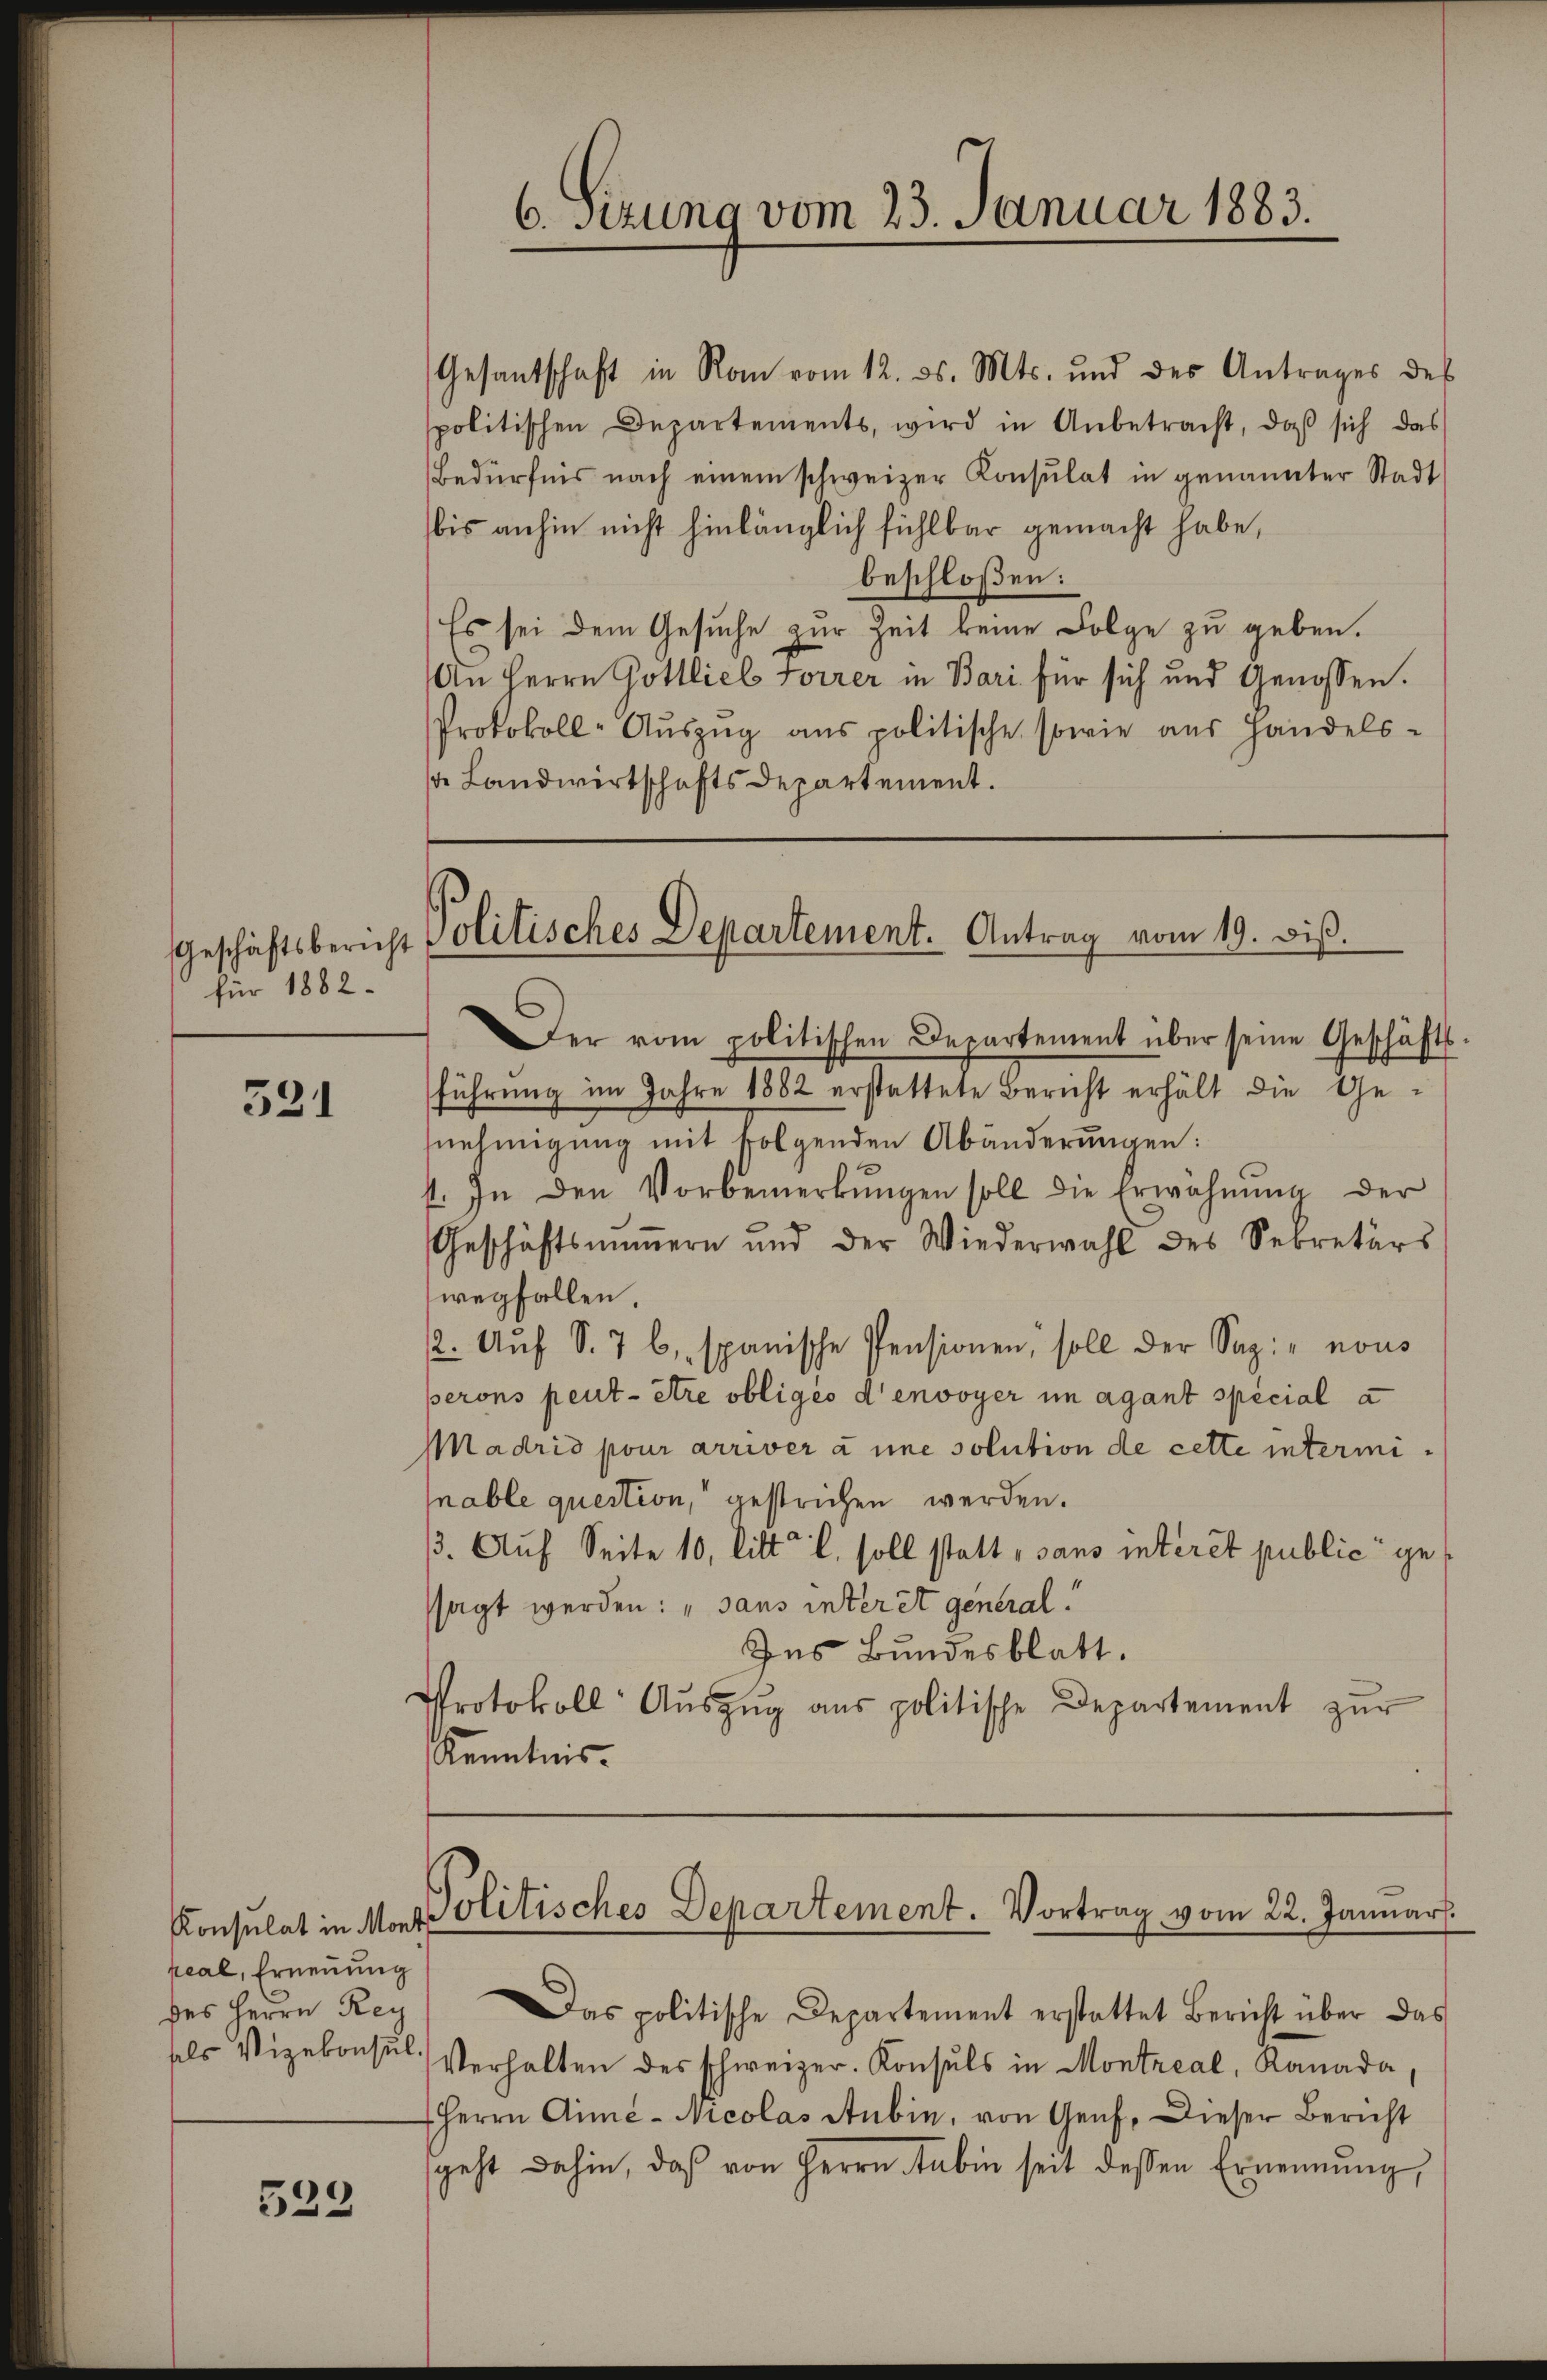
für 1882.

531

Konsulat in Monti
peal, Ernennung
des Herrn Rey

523

6. sezung vom 23. Januar 1883.

Geschäftsbericht Politisches Departement. Antrag vom 19. diß.
Der vom politischen Departement über seine Geschäfts-

Gesantschaft in Rom vom 12. ds. Mts. und des Antrages des
politischen Departements, wird in Anbetracht, daß sich das
Bedürfnis nach einem schweizer Konsulat in genannter Stadt
bis anhin nicht hinlänglich fühlbar gemacht habe,
beschloßen:
Es sei dem Gesuche zur Zeit keine Folge zu geben.
An Herrn Gottlieb Forrer in Bari für sich und Genossen.
Protokoll-Auszug aus politische sowie aus Handels-
s Landwirtschafts Departement.

führung im Jahre 1882 erstattete Bericht erhält die Genehmigung mit folgenden Abänderungen:
1. In den Vorbemerkŭngen soll die Erwähnŭng der
Geschäftsinnern und der Wiederwahl des Sekretärs
wegfallen.
(2. Aŭf S. 7 b. spanische Pensionen, soll der Sep. „nous
perons peut être obligés d’envoyer im agant spécial a
Madrid pour arriver à une solution de cette interminable question, gestrichen werden.
13. Auf Seite 10, litt. l. soll statt, sans interet public gessagt werden: „sans interst general.
Ins Bundesblatt.
Protokoll Aŭszŭg ans politische Departement zŭr
Kenntnis.

Politisches Departement. Vortrag vom 22. Januar.

Das politische Departement erstattet Bericht über das
sels Vizekonsŭl. Verhalten des schweizer. Konsuls in Montreal, Kanada,
Herrn Ame-Nicolas Anbin, von Genf. Dieser Bericht
geht dahin, daß von Herrn Tabin seit dessen Ernennung,